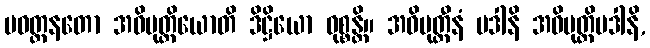
ပဝတ္တနတော အဓိမုတ္တိယောတိ ဒိဋ္ဌိယော ဝုစ္စန္တိ။ အဓိမုတ္တီနံ ပဒါနိ အဓိမုတ္တိပဒါနိ,